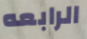
الرابعه